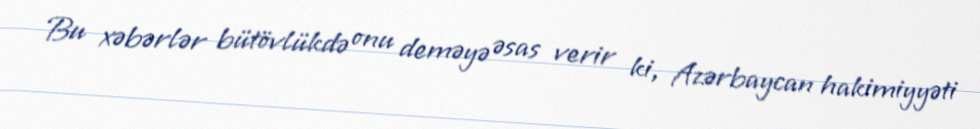
Bu xəbərlər bütövlükdə onu deməyə əsas verir ki, Azərbaycan hakimiyyəti